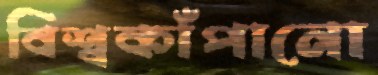
বিশ্বকাঁপানো